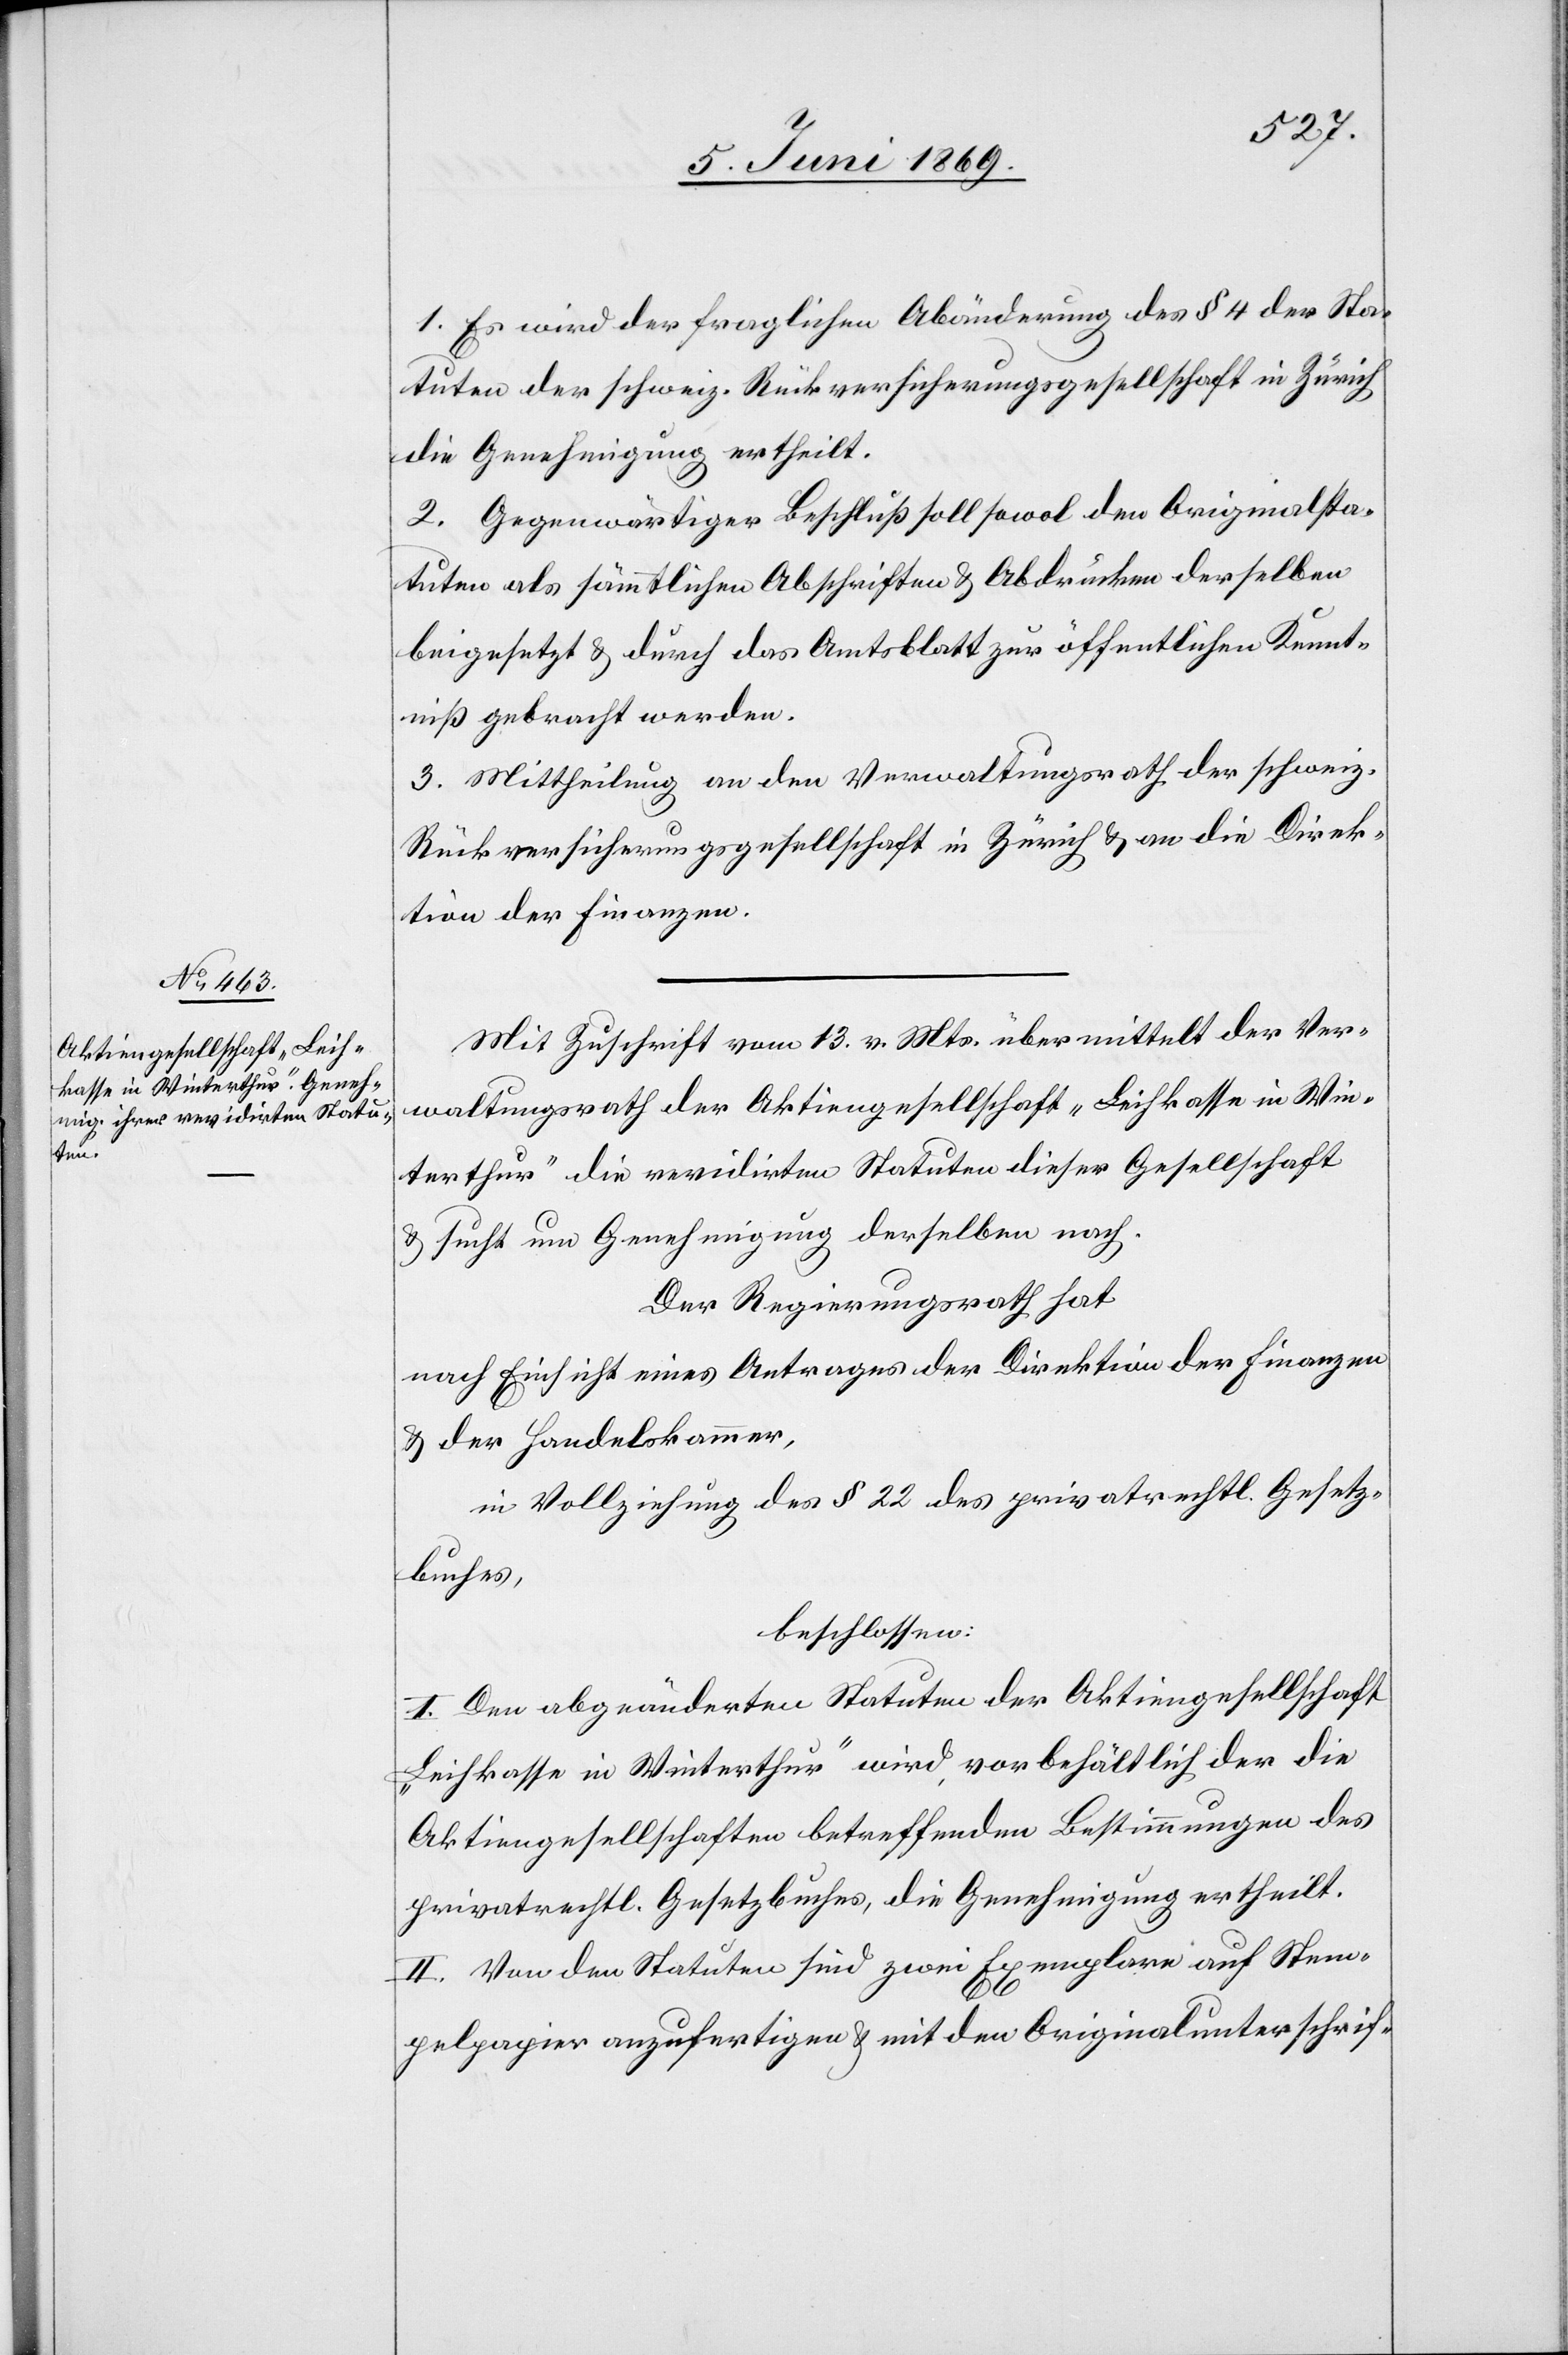
1. Es wird der fraglichen Abänderung des § 4 der Sta¬
tuten der schweiz. Rückversicherungsgesellschaft in Zürich
die Genehmigung ertheilt.
2. Gegenwärtiger Beschluß soll sowol den Originalsta¬
tuten als sämmtlichen Abschriften u. Abdrücken derselben
beigesetzt u. durch das Amtsblatt zur öffentlichen Kennt¬
niß gebracht werden.
3. Mittheilung an den Verwaltungsrath der schweiz.
Rückversicherungsgesellschaft in Zürich u. an die Direk¬
tion der Finanzen.
Mit Zuschrift vom 13v. Mts. übermittelt der Ver¬
waltungsrath der Aktiengesellschaft „Leihkasse in Win¬
terthur“ die revidirten Statuten dieser Gesellschaft
u. sucht um Genehmigung derselben nach.
Der Regierungsrath hat
nach Einsicht eines Antrages der Direktion der Finanzen
u. der Handelskammer,
in Vollziehung des § 22 des privatrechtl. Gesetz¬
buches,
beschlossen:
I. Den abgeänderten Statuten der Aktiengesellschaft
„Leihkasse in Winterthur“ wird, vorbezüglich der die
Aktiengesellschaft betreffenden Bestimmungen des
privatrechtl. Gesetzbuches, die Genehmigung ertheilt.
II. Von den Statuten sind zwei Exemplare auf Stem¬
pelpapier anzufertigen u. mit den Originalunterschrif-